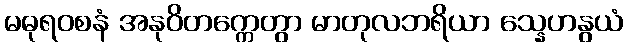
မဓုရဝစနံ အနုဝိတက္ကေတွာ မာတုလဘရိယာ သ္နေဟနွယံ